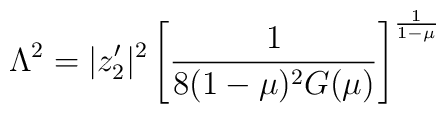
\Lambda^2 = |z'_2|^2 \left[ \frac{1}{8(1-\mu)^2G(\mu)}\right]^{\frac{1}{1-\mu}}